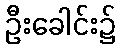
ဦးခေါင်း၌